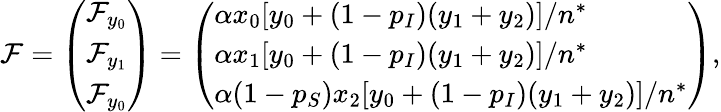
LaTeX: \mathcal{F}=\left(\begin{array}{l}{\mathcal{F}_{y_{0}}}\\ {\mathcal{F}_{y_{1}}}\\ {\mathcal{F}_{y_{0}}}\end{array}\right)=\left(\begin{array}{l}{\alpha x_{0}[y_{0}+(1-p_{I})(y_{1}+y_{2})]/n^{*}}\\ {\alpha x_{1}[y_{0}+(1-p_{I})(y_{1}+y_{2})]/n^{*}}\\ {\alpha(1-p_{S})x_{2}[y_{0}+(1-p_{I})(y_{1}+y_{2})]/n^{*}}\end{array}\right),